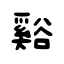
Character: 谿